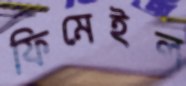
ফিমেইল